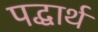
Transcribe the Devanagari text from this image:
पद्धार्थ